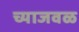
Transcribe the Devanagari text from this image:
च्याजवळ